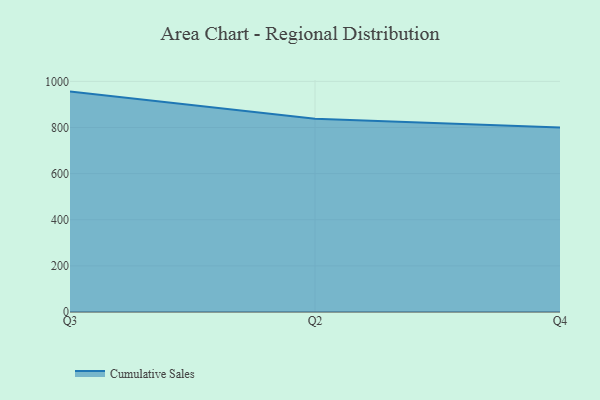
{"axis": {"x": "Quarter", "y": "Waste Production (Tons)"}, "legend": ["Cumulative Sales"], "data": [{"x": "Q3", "y": 955.7, "type": "Cumulative Sales"}, {"x": "Q2", "y": 838.2, "type": "Cumulative Sales"}, {"x": "Q4", "y": 800, "type": "Cumulative Sales"}]}